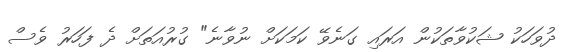
ދުވަހަކު ޝަކުވާތަކުން އަރައި ގަނެވޭ ކަމަކަށް ނުވާނެ" ގުރުއަތަށް ދެ ފަހަރު ވެސް